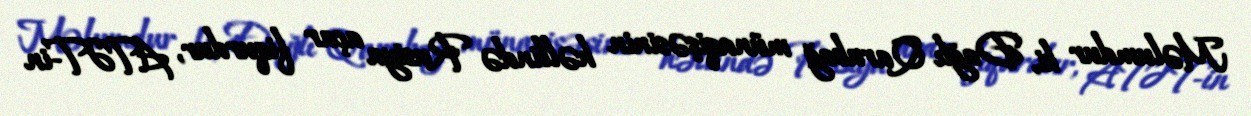
Məlumdur ki, Dağlı Qarabağ münaqişəsinin həllində Rusiya açar fiqurdur, ATƏT-in